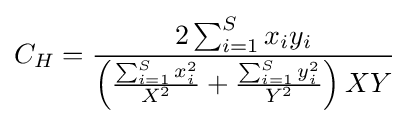
C_{H}={\frac {2\sum _{i=1}^{S}x_{i}y_{i}}{\left({\sum _{i=1}^{S}x_{i}^{2} \over X^{2}}+{\sum _{i=1}^{S}y_{i}^{2} \over Y^{2}}\right)XY}}